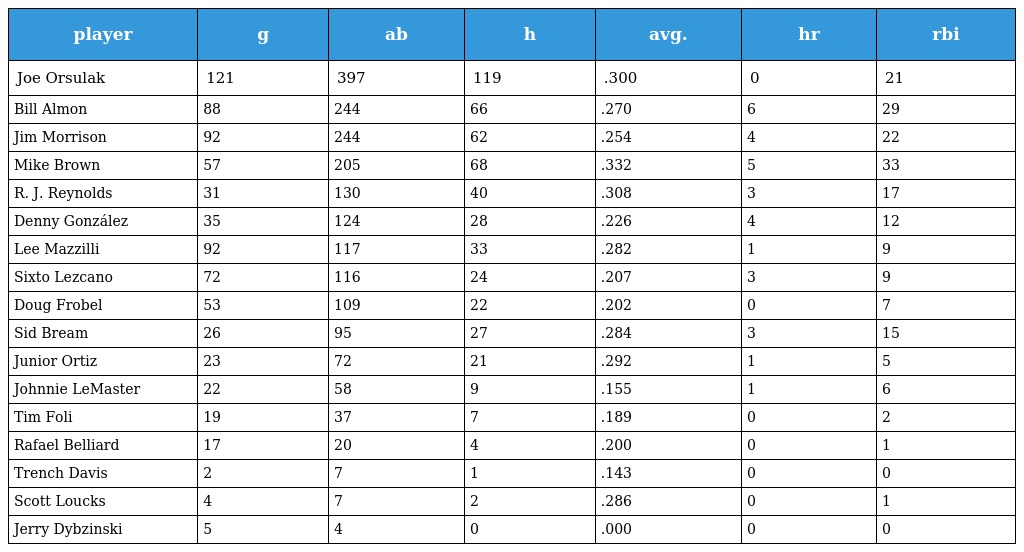
| player | g | ab | h | avg. | hr | rbi |
 | --- | --- | --- | --- | --- | --- | --- |
 | Joe Orsulak | 121 | 397 | 119 | .300 | 0 | 21 |
 | Bill Almon | 88 | 244 | 66 | .270 | 6 | 29 |
 | Jim Morrison | 92 | 244 | 62 | .254 | 4 | 22 |
 | Mike Brown | 57 | 205 | 68 | .332 | 5 | 33 |
 | R. J. Reynolds | 31 | 130 | 40 | .308 | 3 | 17 |
 | Denny González | 35 | 124 | 28 | .226 | 4 | 12 |
 | Lee Mazzilli | 92 | 117 | 33 | .282 | 1 | 9 |
 | Sixto Lezcano | 72 | 116 | 24 | .207 | 3 | 9 |
 | Doug Frobel | 53 | 109 | 22 | .202 | 0 | 7 |
 | Sid Bream | 26 | 95 | 27 | .284 | 3 | 15 |
 | Junior Ortiz | 23 | 72 | 21 | .292 | 1 | 5 |
 | Johnnie LeMaster | 22 | 58 | 9 | .155 | 1 | 6 |
 | Tim Foli | 19 | 37 | 7 | .189 | 0 | 2 |
 | Rafael Belliard | 17 | 20 | 4 | .200 | 0 | 1 |
 | Trench Davis | 2 | 7 | 1 | .143 | 0 | 0 |
 | Scott Loucks | 4 | 7 | 2 | .286 | 0 | 1 |
 | Jerry Dybzinski | 5 | 4 | 0 | .000 | 0 | 0 |